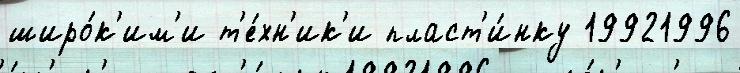
широ́к'им'и т'е́хн'ик'и пласт'и́нку 19921996